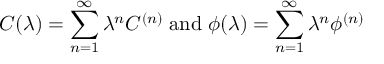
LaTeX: C ( \lambda ) = \sum _ { n = 1 } ^ { \infty } \lambda ^ { n } C ^ { ( n ) } \; \mathrm { a n d } \; \phi ( \lambda ) = \sum _ { n = 1 } ^ { \infty } \lambda ^ { n } \phi ^ { ( n ) }